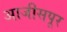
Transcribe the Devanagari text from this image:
आजीसपूर